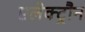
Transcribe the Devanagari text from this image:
एलेक्ट्रौन